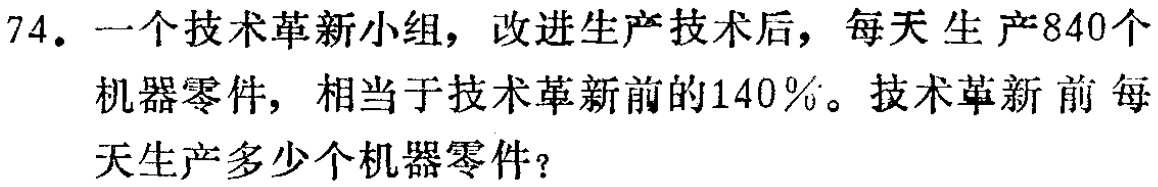
74. 一个技术革新小组，改进生产技术后，每天生产840个机器零件，相当于技术革新前的140%。技术革新前每天生产多少个机器零件？